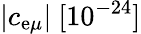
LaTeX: |c_{\mathrm{e}\mu}|~[10^{-24}]